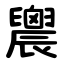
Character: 䢉